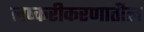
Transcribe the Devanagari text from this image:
लष्करीकरणातील